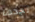
نجدها